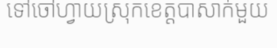
ទៅចៅហ្វាយស្រុកខេត្តបាសាក់មួយ